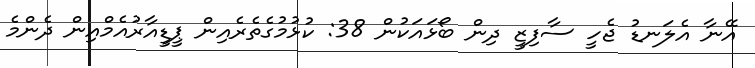
އޭނާ އެލަނޑު ޖެހީ ސާފިޒީ ދިން ބޯޅައަކުން 38: ކުޅުމުގެތެރެއިން ޕީޑީއާރުއެމްއިން ދެންމެ